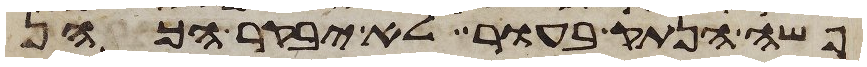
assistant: פשה הנתק בעור לא יבקר הכהן